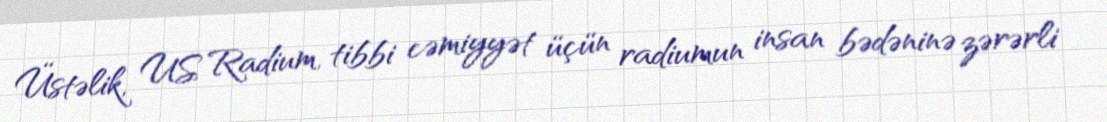
Üstəlik, US Radium, tibbi cəmiyyət üçün radiumun insan bədəninə zərərli